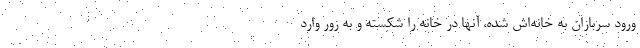
ورود سربازان به خانه‌اش شده، آنها درِ خانه را شکسته و به زور وارد